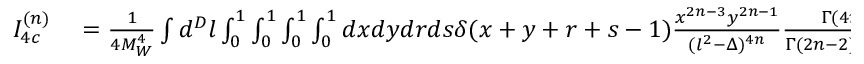
\begin{array} { r l } { I _ { 4 c } ^ { ( n ) } } & { { } = \frac { 1 } { 4 M _ { W } ^ { 4 } } \int d ^ { D } l \int _ { 0 } ^ { 1 } \int _ { 0 } ^ { 1 } \int _ { 0 } ^ { 1 } \int _ { 0 } ^ { 1 } d x d y d r d s \delta ( x + y + r + s - 1 ) \frac { x ^ { 2 n - 3 } y ^ { 2 n - 1 } } { ( l ^ { 2 } - \Delta ) ^ { 4 n } } \frac { \Gamma ( 4 n ) } { \Gamma ( 2 n - 2 ) \Gamma ( 2 n ) } } \end{array}